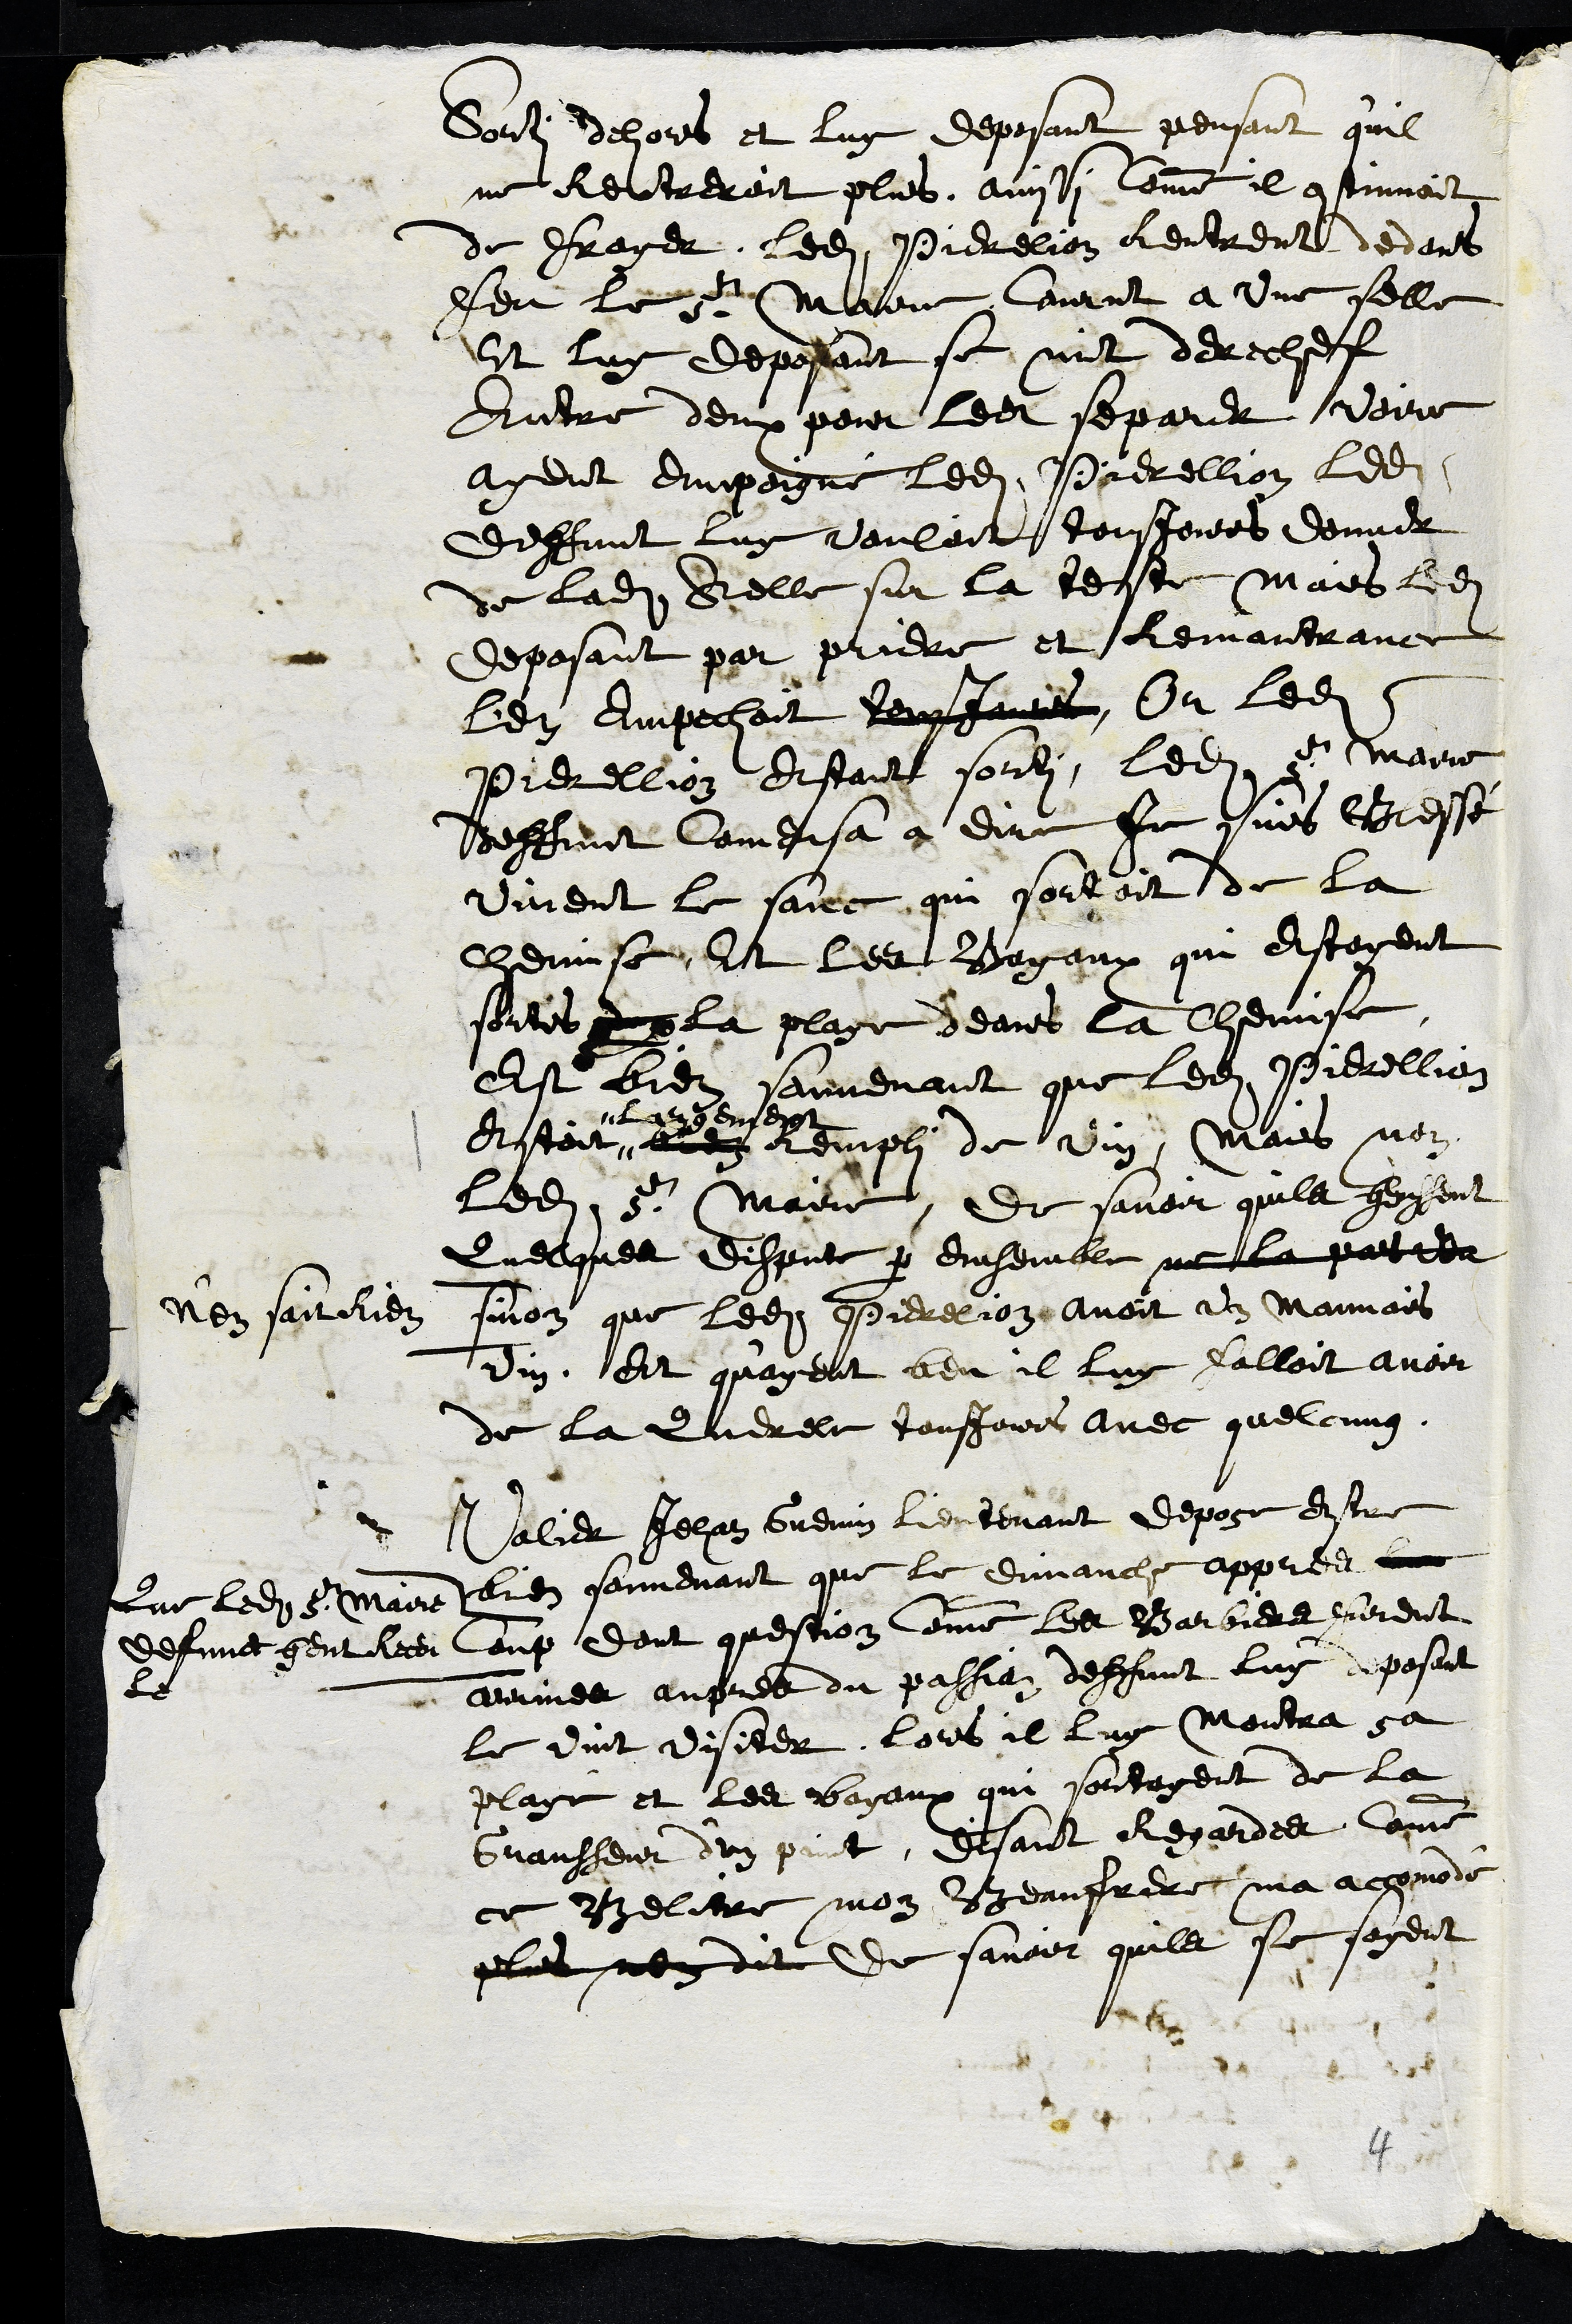
Sorti dehors et luy deposant pensant qu'il
ne Rentreroit plus, ainssi Comme il continuoit
de Frayer ledit Pierelion Rentrent dedans
feu le sr Maire, Courut a une selle
Et luy deposant se mit derechef
Entre deux pour les separer voire
ayent empoigné ledit Pierellion ledit
deffunt luy vouloit tousjours donner
de ladite Selle sur la teste Mais ledit
deposant par priere et Remontrance
l'en Empechoit tousjours, Or ledit
Pierellion Estant sorti, ledit sr Maire
deffunt Comensa a dire Je suis Blessé
virent le sanc qui sortoit de la
Chemise, Et les Boyaux qui estoyent
sortis par la playe deans la chemise,
est bien souvenant que ledit Pierellion
estoit #
largement
bien rempli de vin, Mais non
ledit Sr Maire, De savoir quils heussent
Quelques dispute par ensemble ne la pas veu
n'en sait Rien sinon que ledit Pierelion avoit un mauvais
vin, Et qu'ayant beu il luy falloit avoir
de la Querele tousjours avec quelcung.
Valier Jehan Guenin Lieutenant depose Estre
bien souvenant que le dimanche appres
Que ledit sr Maire
defunct heut Receu
le
Coup dont question Comme les Barbiers furent
arrives aupres du passian deffunt luy deposant
le vint visiter Lors il luy Montra sa
playe et les boyaux qui sortoyent de la
Grausseur d'un poinct, disant Regardes Comme
ce Belitre mon Beaufrere ma accomodé
plus nen dit De savoir quils se soyent
4